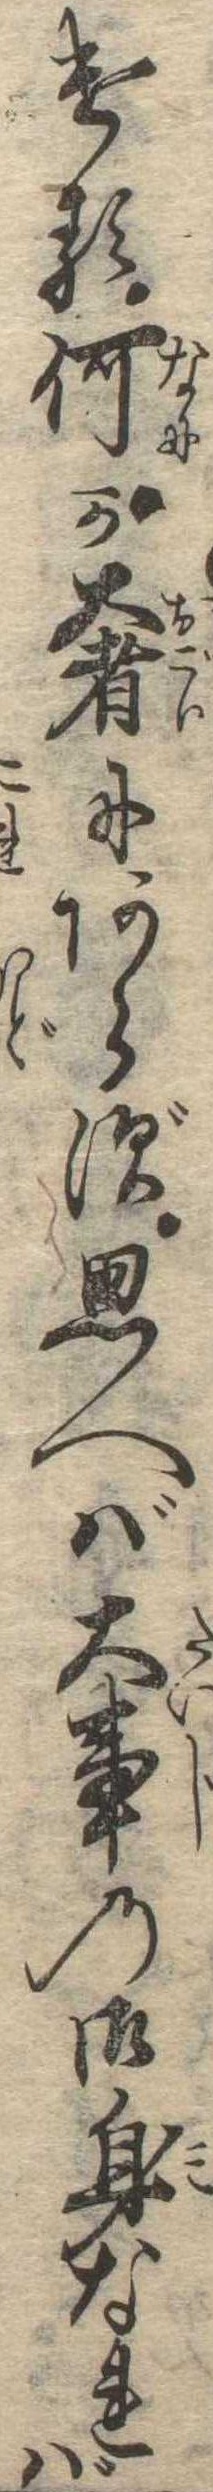
ける何か奢にあらず思へば大事の御身なれば